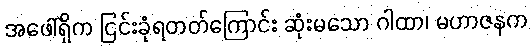
အဖေါ်ရှိက ငြင်းခုံရတတ်ကြောင်း ဆုံးမသော ဂါထာ၊ မဟာဇနက